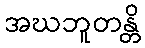
အဃဘူတန္တိ